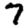
Digit: 7